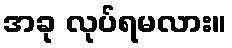
အခု လုပ်ရမလား။